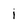
Character: i